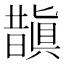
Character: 𭨂